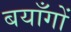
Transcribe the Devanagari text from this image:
बयाँगों